Report of the Imperial Institute of Veterinary Research, Muktesar
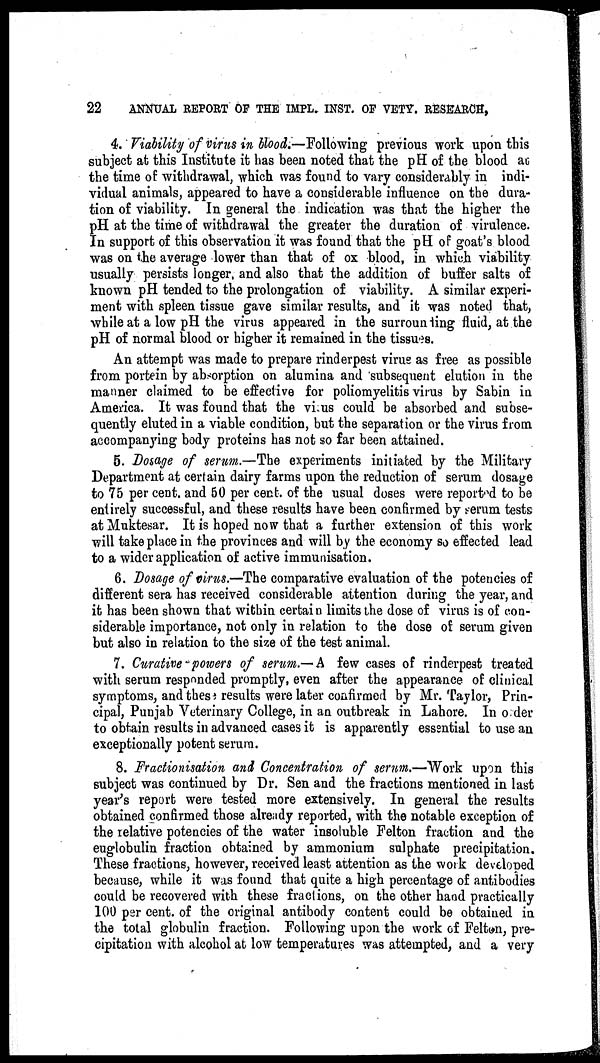
22
ANNUAL REPORT OF THE IMPL. INST. OF VETY. RESEARCH,
4. Viability of virus in blood.—Following previous work upon this
subject at this Institute it has been noted that the pH of the blood at
the time of withdrawal, which was found to vary considerably in indi-
vidual animals, appeared to have a considerable influence on the dura-
tion of viability. In general the indication was that the higher the
pH at the time of withdrawal the greater the duration of virulence.
In support of this observation it was found that the pH of goat's blood
was on the average lower than that of ox blood, in which viability
usually persists longer, and also that the addition of buffer salts of
known pH tended to the prolongation of viability. A similar experi-
ment with spleen tissue gave similar results, and it was noted that,
while at a low pH the virus appeared in the surrounding fluid, at the
pH of normal blood or higher it remained in the tissues.
An attempt was made to prepare rinderpest virus as free as possible
from portein by absorption on alumina and subsequent elution in the
manner claimed to be effective for poliomyelitis virus by Sabin in
America. It was found that the virus could be absorbed and subse-
quently eluted in a viable condition, but the separation or the virus from
accompanying body proteins has not so far been attained.
5. Dosage of serum.—The experiments initiated by the Military
Department at certain dairy farms upon the reduction of serum dosage
to 75 per cent. and 50 per cent. of the usual doses were reported to be
entirely successful, and these results have been confirmed by serum tests
at Muktesar. It is hoped now that a further extension of this work
will take place in the provinces and will by the economy so effected lead
to a wider application of active immunisation.
6. Dosage of virus.—The comparative evaluation of the potencies of
different sera has received considerable attention during the year, and
it has been shown that within certain limits the dose of virus is of con-
siderable importance, not only in relation to the dose of serum given
but also in relation to the size of the test animal.
7. Curative powers of serum.—A few cases of rinderpest treated
with serum responded promptly, even after the appearance of clinical
symptoms, and these results were later confirmed by Mr. Taylor, Prin-
cipal, Punjab Veterinary College, in an outbreak in Lahore. In order
to obtain results in advanced cases it is apparently essential to use an
exceptionally potent serum.
8. Fractionisation and Concentration of serum.—Work upon this
subject was continued by Dr. Sen and the fractions mentioned in last
year's report were tested more extensively. In general the results
obtained confirmed those already reported, with the notable exception of
the relative potencies of the water insoluble Felton fraction and the
euglobulin fraction obtained by ammonium sulphate precipitation.
These fractions, however, received least attention as the work developed
because, while it was found that quite a high percentage of antibodies
could be recovered with these fractions, on the other hand practically
100 per cent. of the original antibody content could be obtained in
the total globulin fraction. Following upon the work of Felton, pre-
cipitation with alcohol at low temperatures was attempted, and a very